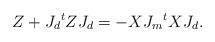
LaTeX: \begin{align*}Z+J_d{}^tZJ_d=-XJ_m{}^tXJ_d.\end{align*}